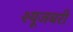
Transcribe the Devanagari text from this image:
श्यूजबरी